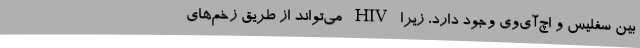
بین سفلیس و اچ‌آی‌وی وجود دارد، زیرا HIV می‌تواند از طریق زخم‌های